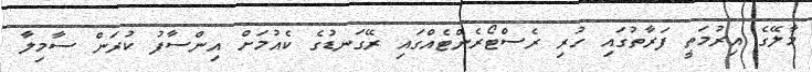
މާލޭގެ އިރުމަތީ ފަރާތުގައި ހުރި ރެސްޓޯރެންޓެއްގައި ރޭގަނޑުގެ ކެއުމަށް އިންސާފު ކުރަން ސާމިލާ